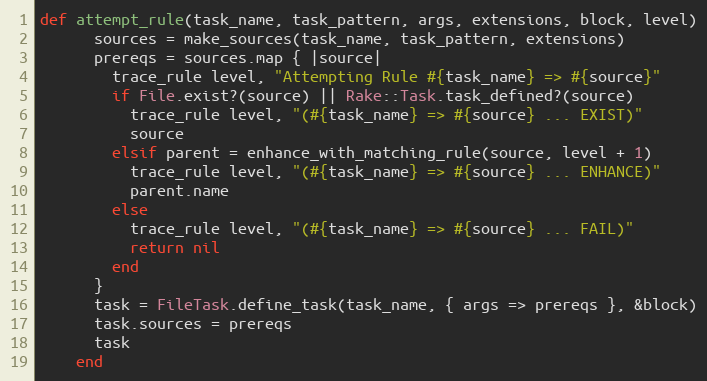
Language: Ruby
def attempt_rule(task_name, task_pattern, args, extensions, block, level)
      sources = make_sources(task_name, task_pattern, extensions)
      prereqs = sources.map { |source|
        trace_rule level, "Attempting Rule #{task_name} => #{source}"
        if File.exist?(source) || Rake::Task.task_defined?(source)
          trace_rule level, "(#{task_name} => #{source} ... EXIST)"
          source
        elsif parent = enhance_with_matching_rule(source, level + 1)
          trace_rule level, "(#{task_name} => #{source} ... ENHANCE)"
          parent.name
        else
          trace_rule level, "(#{task_name} => #{source} ... FAIL)"
          return nil
        end
      }
      task = FileTask.define_task(task_name, { args => prereqs }, &block)
      task.sources = prereqs
      task
    end